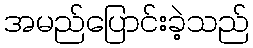
အမည်ပြောင်းခဲ့သည်